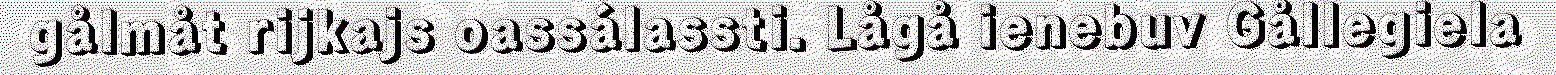
gålmåt rijkajs oassálassti. Lågå ienebuv Gållegiela